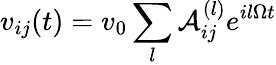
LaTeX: v_{ij}(t)=v_{0}\sum_{l}\mathcal{A}_{ij}^{(l)}e^{il\Omega t}